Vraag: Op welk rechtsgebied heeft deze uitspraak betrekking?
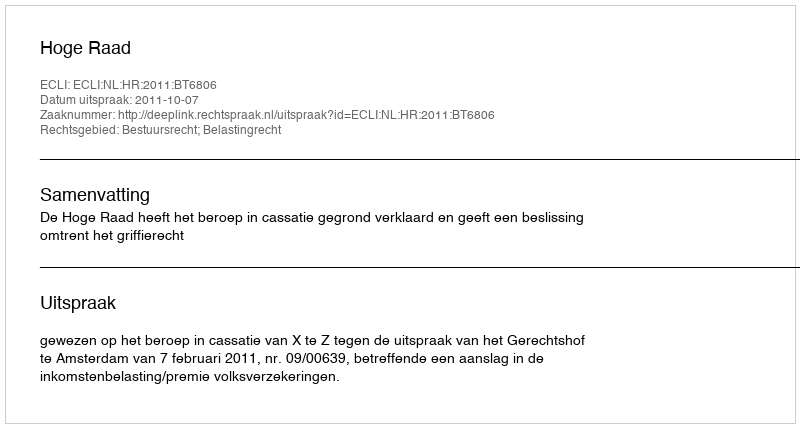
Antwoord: Bestuursrecht; Belastingrecht